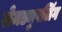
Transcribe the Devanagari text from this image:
सेमड्युपलिंग